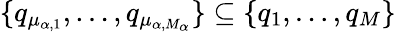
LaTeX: \{ q_{\mu_{\alpha,1}},\dots,q_{\mu_{\alpha,M_{\alpha}}}\} \subseteq\{ q_{1},\dots,q_{M}\}